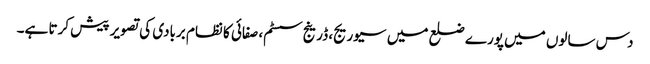
دس سالوں میں پورے ضلع میں سیوریج، ڈرینج سسٹم، صفائی کا نظام بربادی کی تصویر پیش کرتا ہے۔